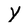
Character: Y